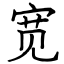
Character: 宽